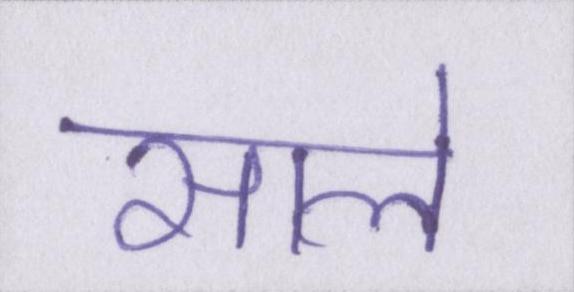
साले